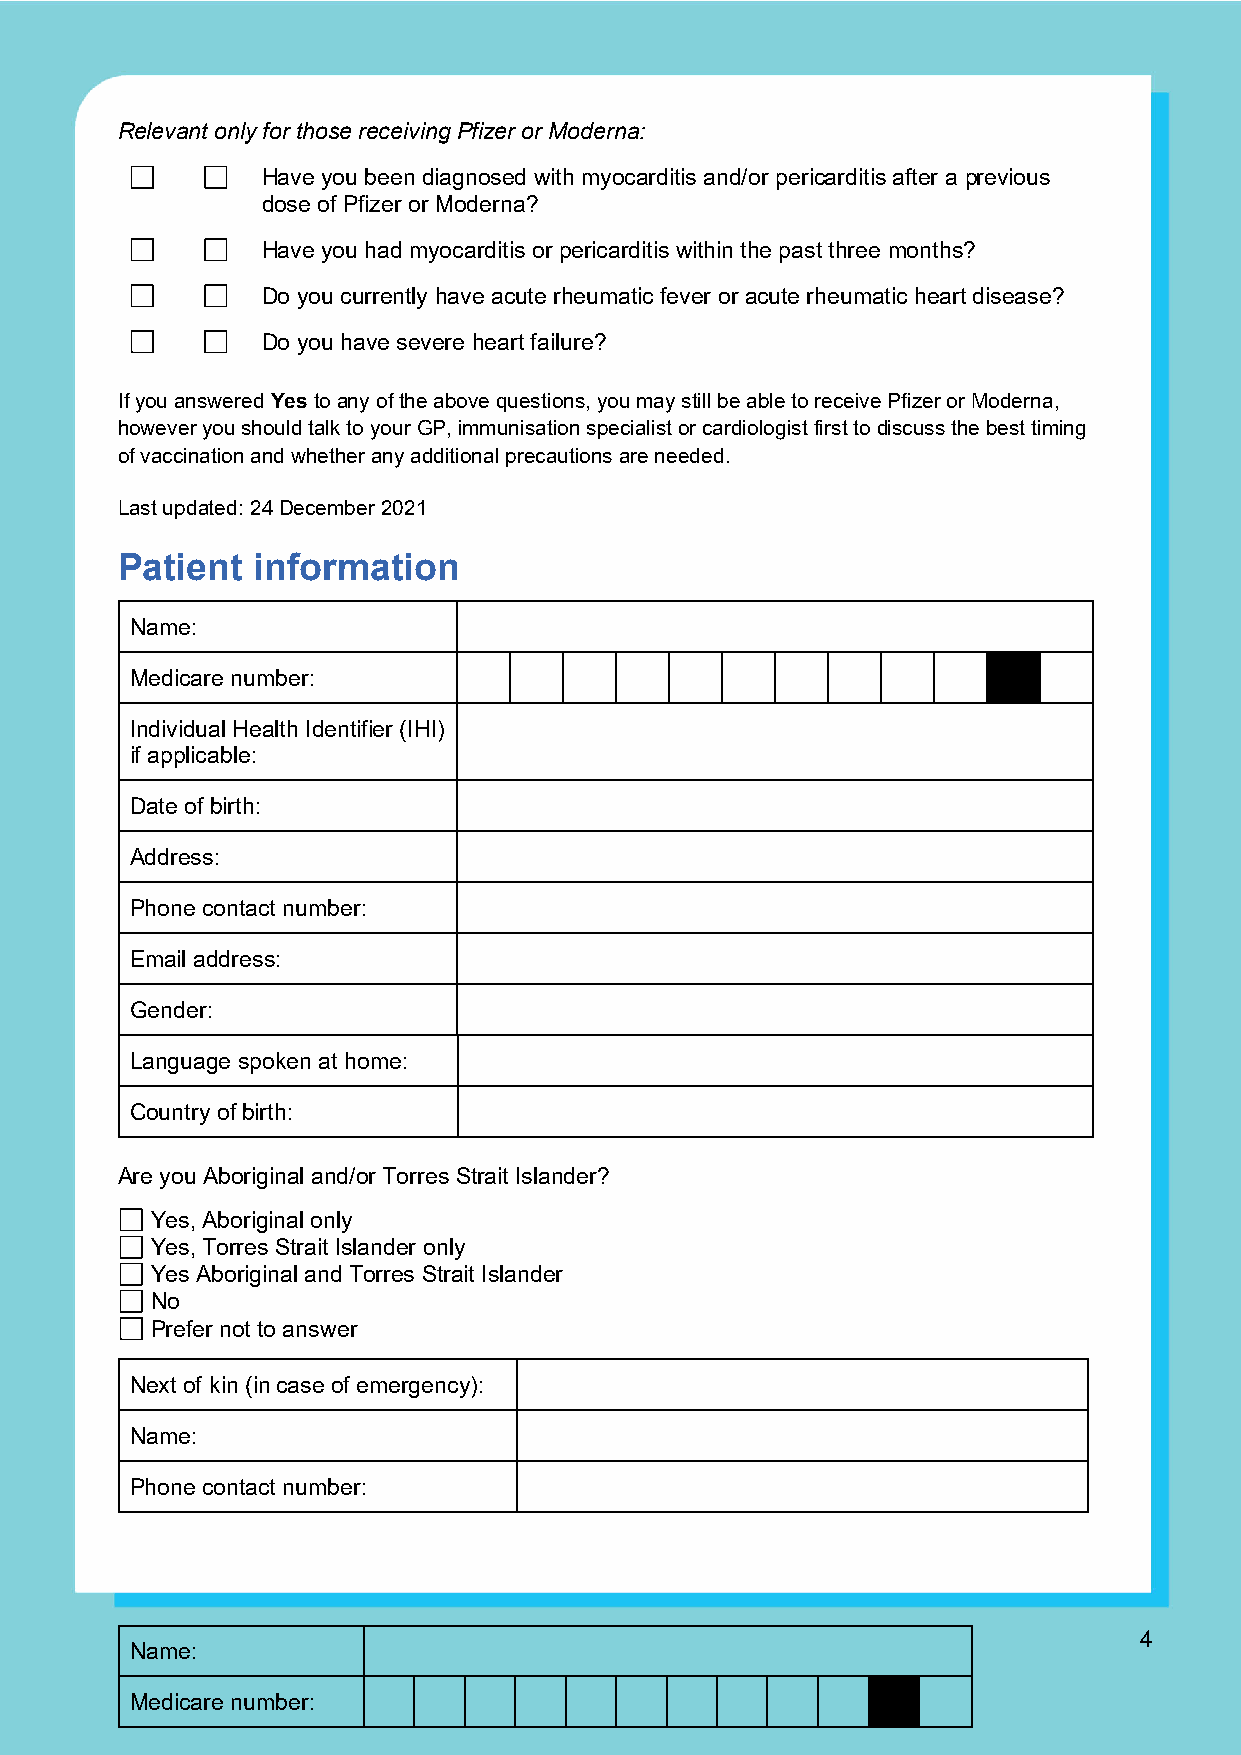
Relevant only for those receiving Pfizer or Moderna:
 Have you been diagnosed with myocarditis and/or pericarditis after a previous
 dose of Pfizer or Moderna?
 Have you had myocarditis or pericarditis within the past three months?
 Do you currently have acute rheumatic fever or acute rheumatic heart disease?
 Do you have severe heart failure?
 If you answered Yes to any of the above questions, you may still be able to receive Pfizer or Moderna,
 however you should talk to your GP, immunisation specialist or cardiologist first to discuss the best timing
 of vaccination and whether any additional precautions are needed.
 Last updated: 24 December 2021
 Patient  information
 Name:
 Medicare number:
 Individual Health Identifier (IHI)
 if applicable:
 Date of birth:
 Address:
 Phone contact number:
 Email address:
 Gender:
 Language spoken at home:
 Country of birth:
 Are you Aboriginal and/or Torres Strait Islander?
 Yes, Aboriginal only
 Yes, Torres Strait Islander only
 Yes Aboriginal and Torres Strait Islander
 No
 Prefer not to answer
 Next of kin (in case of emergency):
 Name:
 Phone contact number:
 4
 Name:
 Medicare number: